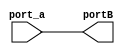
module IDN_NF_ALCA (port_a, portB);
   input port_a;
   output portB;
   assign portB = port_a;
endmodule